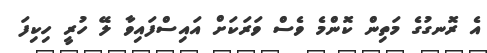
އެ ރޮނގުގެ މަތިން ކޮންމެ ވެސް ވަރަކަށް އައިސްފައިވާ ލޭ ހުރީ ހިކިފަ